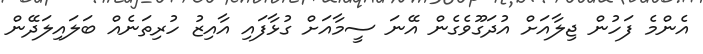
އެންމެ ފަހުން ޖިލާއަށް އުދަގޫވެގެން އޭނަ ސީމާއަށް ގުޅާފައި އާއިޒު ހުރިތަނެއް ބަލައިލަދޭން